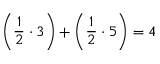
\left( { \frac { 1 } { 2 } } \cdot 3 \right) + \left( { \frac { 1 } { 2 } } \cdot 5 \right) = 4